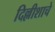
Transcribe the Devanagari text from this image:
दिल्लीशाचे